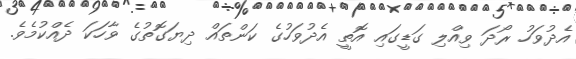
އެދުވަހު ރޯދަ ވިއްލި ގަޑީގައި އޮތީ އެދުވަހުގެ ކަންތައް ދިޔަގޮތުގެ ވާހަކަ ދެއްކުމެވެ.